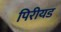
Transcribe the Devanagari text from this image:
पिरीयड